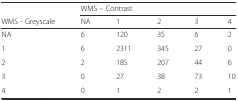
|  | <COLSPAN=5> WMS – Contrast |
 | WMS - Greyscale | NA | 1 | 2 | 3 | 4 |
 | --- | --- | --- | --- | --- | --- |
 | NA | 6 | 120 | 35 | 6 | 2 |
 | 1 | 6 | 2311 | 345 | 27 | 0 |
 | 2 | 2 | 185 | 207 | 44 | 6 |
 | 3 | 0 | 27 | 38 | 73 | 10 |
 | 4 | 0 | 1 | 2 | 2 | 1 |